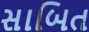
સાબિત